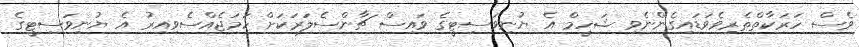
ވެސް ހަރަކާތްތެރިވެވަޑައިގެންނެވި ޝަހީމް އެ ޔުނިވަސިޓީގެ ވައިސް ޗާންސެލަރަކަށް ހަމަޖެއްސެވިއިރު އެ ޔުނިވަސިޓީގެ